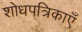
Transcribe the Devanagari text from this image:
शोधपत्रिकाएँ